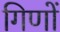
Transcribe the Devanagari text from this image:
गिणों